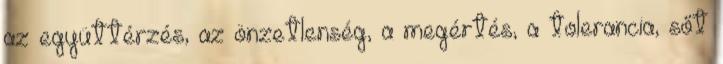
az együttérzés, az önzetlenség, a megértés, a tolerancia, sőt